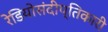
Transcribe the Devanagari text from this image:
रेडियोसंदीप्तिकारी